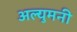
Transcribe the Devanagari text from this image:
अल्युमनी